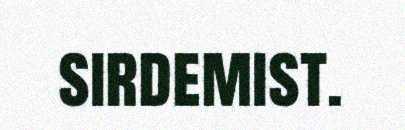
sirdemist.